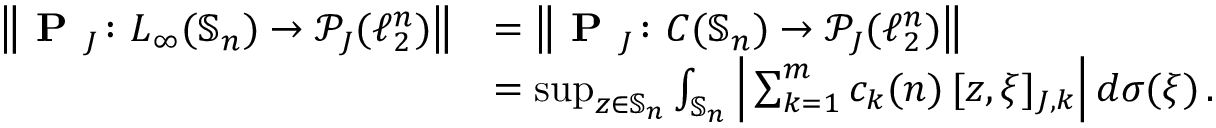
\begin{array} { r l } { \big \| \textbf { P } _ { J } \colon L _ { \infty } ( \mathbb { S } _ { n } ) \to \mathcal { P } _ { J } ( \ell _ { 2 } ^ { n } ) \big \| } & { = \big \| \textbf { P } _ { J } \colon C ( \mathbb { S } _ { n } ) \to \mathcal { P } _ { J } ( \ell _ { 2 } ^ { n } ) \big \| } \\ & { = \operatorname* { s u p } _ { z \in \mathbb { S } _ { n } } \int _ { \mathbb { S } _ { n } } \Big | \sum _ { k = 1 } ^ { m } c _ { k } ( n ) \, [ z , \xi ] _ { J , k } \Big | \, d \sigma ( \xi ) \, . } \end{array}